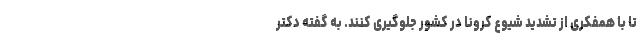
تا با همفکری از تشدید شیوع کرونا در کشور جلوگیری کنند. به گفته دکتر